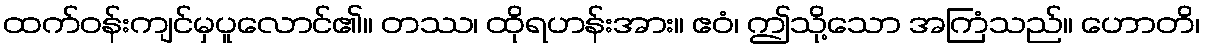
ထက်ဝန်းကျင်မှပူလောင်၏။ တဿ၊ ထိုရဟန်းအား။ ဧဝံ၊ ဤသို့သော အကြံသည်။ ဟောတိ၊